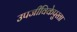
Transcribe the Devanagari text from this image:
उपजीविकेपुरता